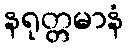
နရုတ္တမာနံ